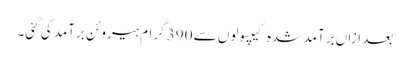
بعد ازاں برآمد شدہ کیپسولوں سے 390 گرام ہیروئن برآمد کی گئی۔